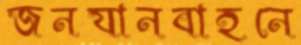
জনযানবাহনে